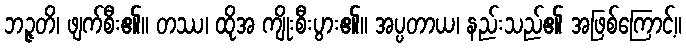
ဘဉ္ဇတိ၊ ဖျက်စီး၏။ တဿ၊ ထိုအ ကျိုးစီးပွား၏။ အပ္ပတာယ၊ နည်းသည်၏ အဖြစ်ကြောင့်။